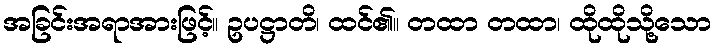
အခြင်းအရာအားဖြင့်။ ဥပဋ္ဌာတိ၊ ထင်၏။ တထာ တထာ၊ ထိုထိုသို့သော